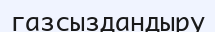
газсыздандыру